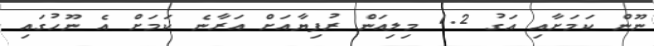
ނޫން ކަމަށާއި އަގު 1.2 މިލިއަން ރުފިޔާއަށް އަރާނެ ކަަމަށް އެ ނޫހުގައި